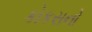
કોકસનો